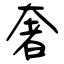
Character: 奢